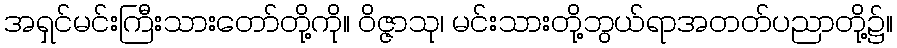
အရှင်မင်းကြီးသားတော်တို့ကို။ ဝိဇ္ဇာသု၊ မင်းသားတို့ဘွယ်ရာအတတ်ပညာတို့၌။